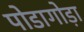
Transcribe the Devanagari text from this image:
पोडागोड़ा